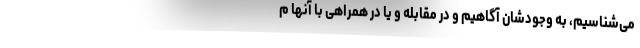
می‌شناسیم، به وجودشان آگاهیم و در مقابله و یا در همراهی با آنها م